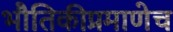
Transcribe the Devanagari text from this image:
भौतिकीप्रमाणेच